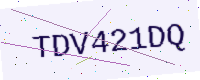
Text: TDV421DQ